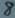
Text: 8